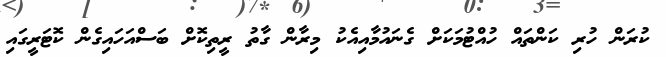
ކުރަން ހުރި ކަންތައް ހުއްޓުމަކަށް ގެނައުމާއިއެކު މިރާން ގާތު ރީތިކޮށް ބަސްއަހައިގެން ކޮޓަރީގައި